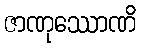
ဇာဏုဿောဏိ